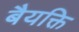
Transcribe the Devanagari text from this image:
बैयक्ति